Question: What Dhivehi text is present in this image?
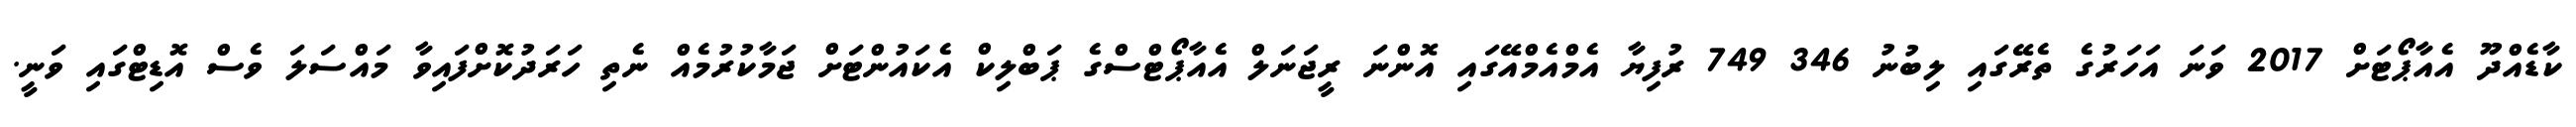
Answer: ކާޑެއްދޫ އެއާޕޯޓަށް 2017 ވަނަ އަހަރުގެ ތެރޭގައި ލިބުނު 346 749 ރުފިޔާ އެމްއެމްއޭގައި އޮންނަ ރީޖަނަލް އެއާޕޯޓްސްގެ ޕަބްލިކް އެކައުންޓަށް ޖަމާކުރުމެއް ނެތި ހަރަދުކޮށްފައިވާ މައްސަލަ ވެސް އޮޑިޓްގައި ވަނީ.